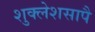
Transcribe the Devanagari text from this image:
शुक्लेशसापै